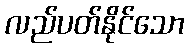
လည်ပတ်နိုင်သော